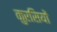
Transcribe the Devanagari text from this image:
कुरसियों